Report on vaccination in the Province of Bengal - 1869-1873
Year: 1869
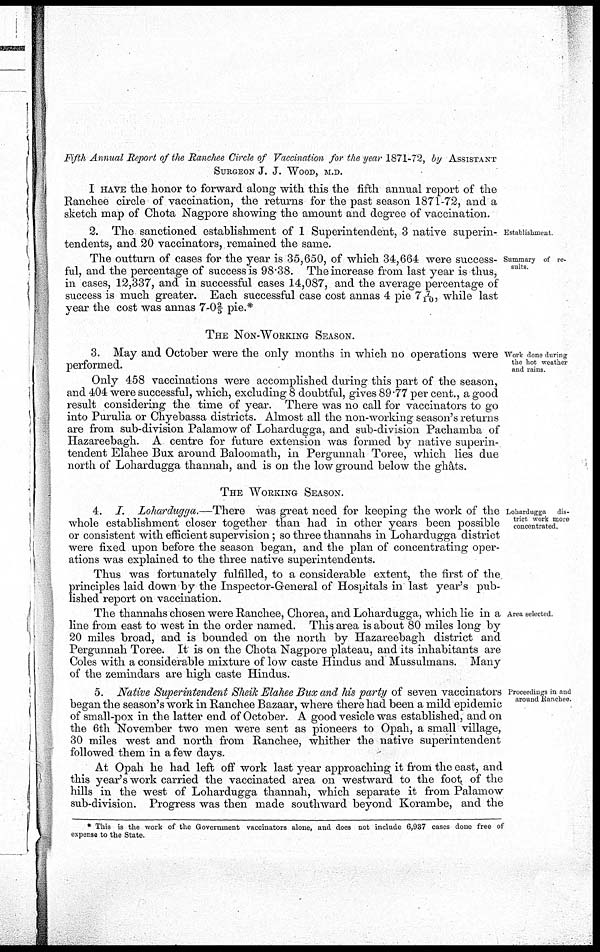
Fifth Annual Report of the Ranchee Circle of Vaccination for the year 1871-72, by ASSISTANT
SURGEON J. J. WOOD, M.D.
I HAVE the honor to forward along with this the fifth annual report of the
Ranchee circle of vaccination, the returns for the past season 1871-72, and a
sketch map of Chota Nagpore showing the amount and degree of vaccination.
Establishment
2. The sanctioned establishment of 1 Superintendent, 3 native superin-
tendents, and 20 vaccinators, remained the same.
Summary of re-
sults.
The outturn of cases for the year is 35,650, of which 34,664 were success-
ful, and the percentage of success is 98.38. The increase from last year is thus,
in cases, 12,337, and in successful cases 14,087, and the average percentage of
success is much greater. Each successful case cost annas 4 pie 7 7/10, while last
year the cost was annas 7-0 2/5 pie.*
THE NON-WORKING SEASON.
Work done during
the hot weather
and rains
3. May and October were the only months in which no operations were
performed.
Only 458 vaccinations were accomplished during this part of the season,
and 404 were successful, which, excluding 8 doubtful, gives 89.77 per cent., a good
result considering the time of year. There was no call for vaccinators to go
into Purulia or Chyebassa districts. Almost all the non-working season's returns
are from sub-division Palamow of Lohardugga, and sub-division Pachamba of
Hazareebagh. A centre for future extension was formed by native superin-
tendent Elahee Bux around Baloomath, in Pergunnah Toree, which lies due
north of Lohardugga thannah, and is on the low ground below the ghâts.
THE WORKING SEASON.
Lohardugga dis-
trict work more
concentrated.
4. I. Lohardugga.—There was great need for keeping the work of the
whole establishment closer together than had in other years been possible
or consistent with efficient supervision; so three thannahs in Lohardugga district
were fixed upon before the season began, and the plan of concentrating oper-
ations was explained to the three native superintendents.
Thus was fortunately fulfilled, to a considerable extent, the first of the
principles laid down by the Inspector-General of Hospitals in last year's pub-
lished report on vaccination.
Area selected.
The thannahs chosen were Ranchee, Chorea, and Lohardugga, which lie in a
line from east to west in the order named. This area is about 80 miles long by
20 miles broad, and is bounded on the north by Hazareebagh district and
Pergunnah Toree. It is on the Chota Nagpore plateau, and its inhabitants are
Coles with a considerable mixture of low caste Hindus and Mussulmans. Many
of the zemindars are high caste Hindus.
Proceedings in and
around Ranchee.
5. Native Superintendent Sheik Elahee Bux and his party of seven vaccinators
began the season's work in Ranchee Bazaar, where there had been a mild epidemic
of small-pox in the latter end of October. A good vesicle was established, and on
the 6th November two men were sent as pioneers to Opah, a small village,
30 miles west and north from Ranchee, whither the native superintendent
followed them in a few days.
At Opah he had left off work last year approaching it from the east, and
this year's work carried the vaccinated area on westward to the foot of the
hills in the west of Lohardugga thannah, which separate it from Palamow
sub-division. Progress was then made southward beyond Korambe, and the
* This is the work of the Government vaccinators alone, and does not include 6,937 cases done free of
expense to the State.